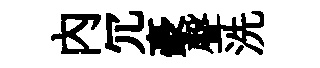
內冗豪聲洗